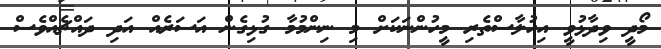
މޯދީ ވިދާޅުވީ އިހުލާސްތެރި މީހުންނަކަށް މި ނިންމުމާ ގުޅިގެން އަސަރެއް އަދި ދައްޗެއްވެސް